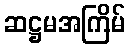
ဆဋ္ဌမအကြိမ်